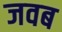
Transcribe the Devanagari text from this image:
जवब